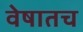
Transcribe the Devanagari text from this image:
वेषातच